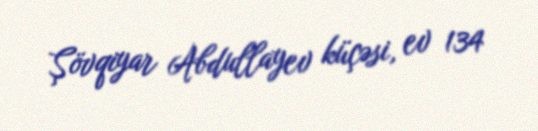
Şövqiyar Abdullayev küçəsi, ev 134